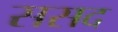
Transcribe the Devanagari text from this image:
ससद